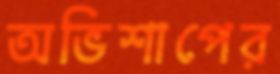
অভিশাপের